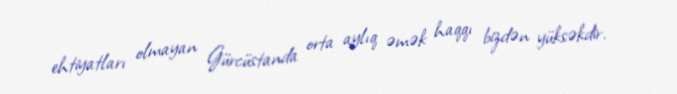
ehtiyatları olmayan Gürcüstanda orta aylıq əmək haqqı bizdən yüksəkdir.